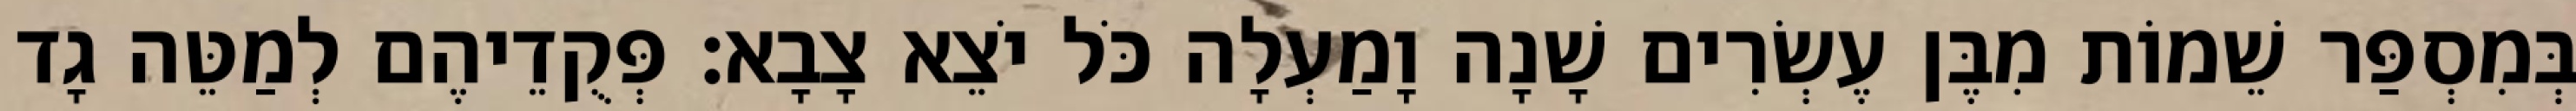
בְּמִסְפַּר שֵׁמוֹת מִבֶּן עֶשְׂרִים שָׁנָה וָמַעְלָה כֹּל יֹצֵא צָבָא׃ פְּקֻדֵיהֶם לְמַטֵּה גָד